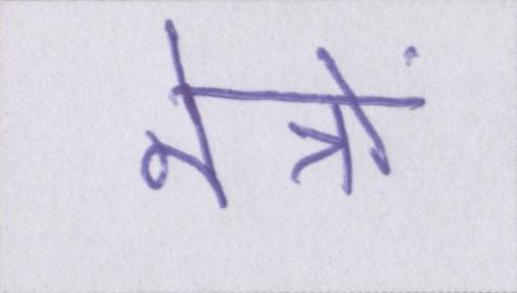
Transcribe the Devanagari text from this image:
नेत्रों